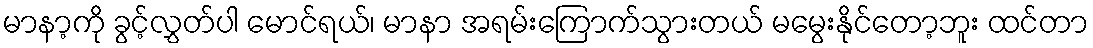
မာနာ့ကို ခွင့်လွှတ်ပါ မောင်ရယ်၊ မာနာ အရမ်းကြောက်သွားတယ် မမွေးနိုင်တော့ဘူး ထင်တာ